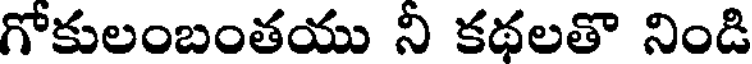
గోకులంబంతయు నీ కథలతొ నిండి